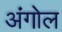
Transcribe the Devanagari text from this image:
अंगोल